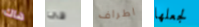
هاك فى اطراف لجعلها